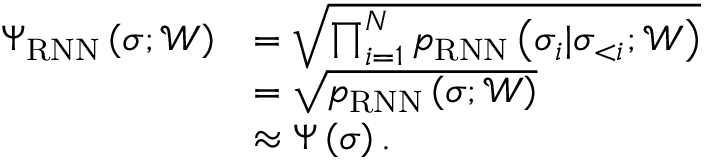
\begin{array} { r l } { \Psi _ { \mathrm { R N N } } \left( \boldsymbol { \sigma } ; \mathcal { W } \right) } & { = \sqrt { \prod _ { i = 1 } ^ { N } p _ { \mathrm { R N N } } \left( \sigma _ { i } | \sigma _ { < i } ; \mathcal { W } \right) } } \\ & { = \sqrt { p _ { \mathrm { R N N } } \left( \boldsymbol { \sigma } ; \mathcal { W } \right) } } \\ & { \approx \Psi \left( \boldsymbol { \sigma } \right) . } \end{array}